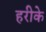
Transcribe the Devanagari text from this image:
हरीके